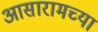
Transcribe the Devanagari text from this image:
आसारामच्या